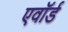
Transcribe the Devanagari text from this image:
एवॉर्ड